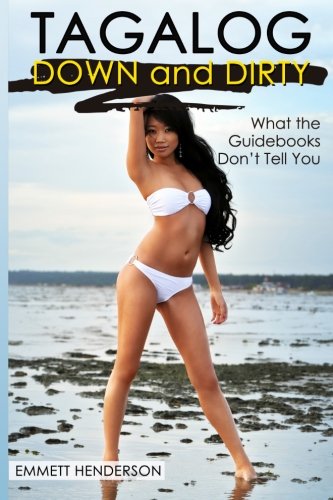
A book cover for Tagalog Down & Dirty: Filipino Obscenities, Insults, Sex Talk, Drug Slang and Gay Language in The Philippines (Tagalog Edition); Emmett Henderson; Reference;